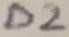
Text: D2